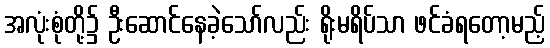
အလုံးစုံတို့၌ ဦးဆောင်နေခဲ့သော်လည်း ရိုးမရိပ်သာ ဖင်ခံရတော့မည့်